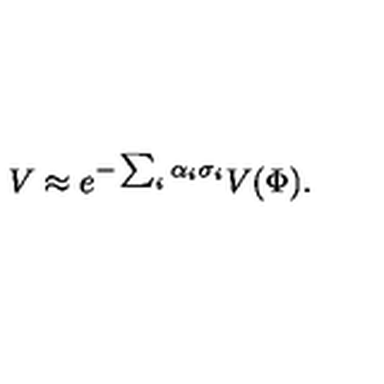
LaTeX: V \approx e ^ { - \sum _ { i } \alpha _ { i } \sigma _ { i } } V ( \Phi ) .